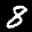
Label: 8